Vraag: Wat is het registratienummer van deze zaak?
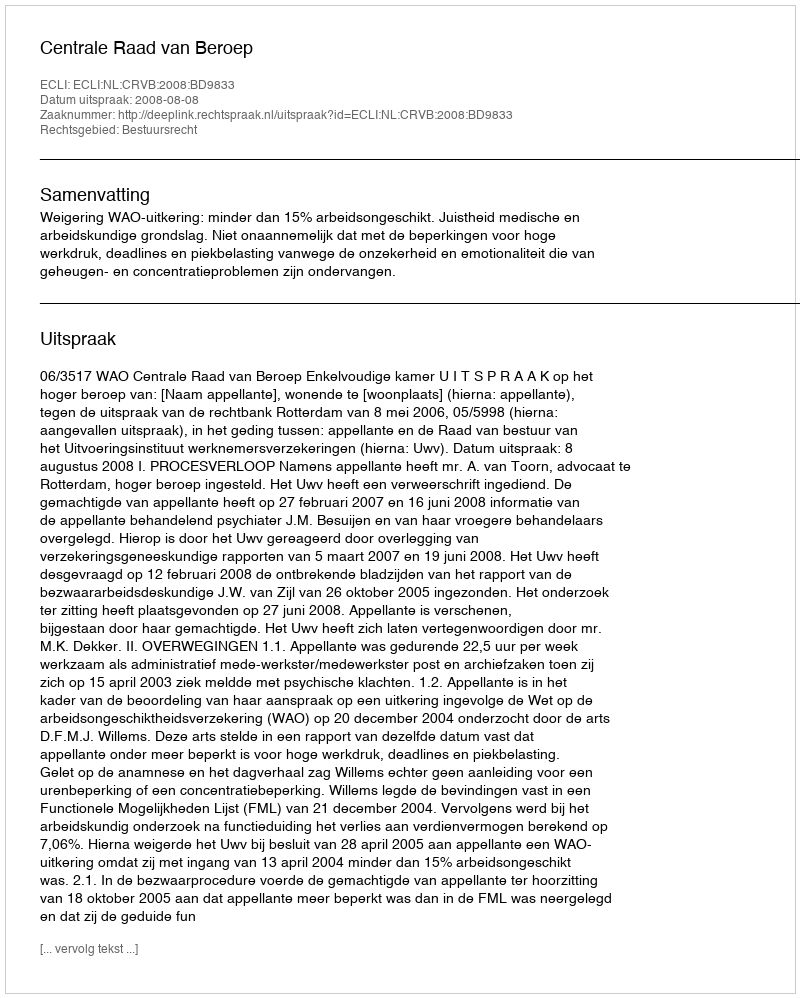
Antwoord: http://deeplink.rechtspraak.nl/uitspraak?id=ECLI:NL:CRVB:2008:BD9833